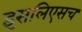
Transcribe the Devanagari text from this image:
इसलिएसच